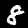
Label: 8